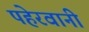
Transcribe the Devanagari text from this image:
पहेरवानी